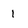
Character: 1